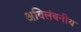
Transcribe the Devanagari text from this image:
अविलंबनीय